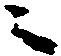
ニ